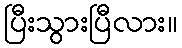
ပြီးသွားပြီလား။